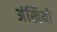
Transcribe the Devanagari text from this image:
अंखियो